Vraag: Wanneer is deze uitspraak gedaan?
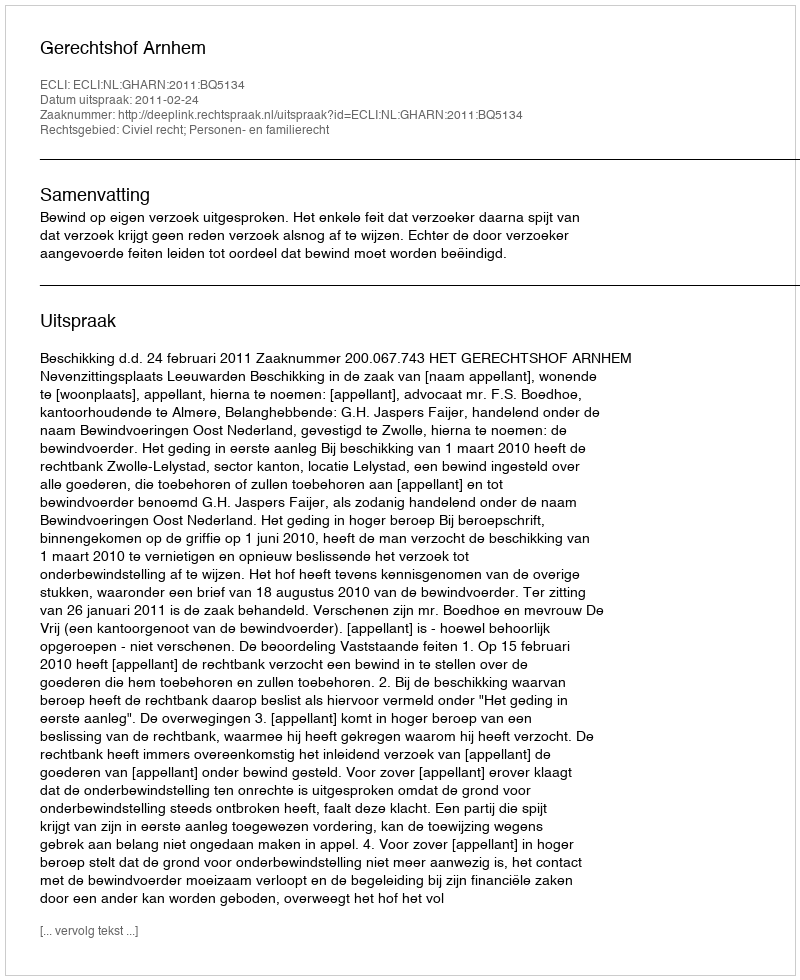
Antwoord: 2011-02-24